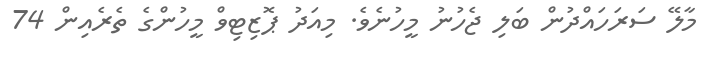
މާލޭ ސަރަހައްދުން ބަލި ޖެހުނު މީހުނެވެ. މިއަދު ޕޮޒިޓިވް މީހުންގެ ތެރެއިން 74